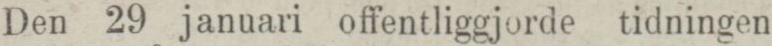
Den 29 januari offentliggjorde tidningen